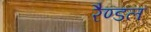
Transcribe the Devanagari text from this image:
रैण्डल